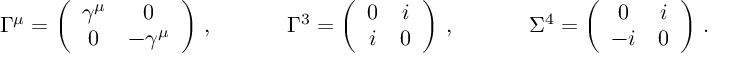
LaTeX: \begin{array} { l l l } { { \Gamma ^ { \mu } = \left( \begin{array} { c c } { { \gamma ^ { \mu } } } & { { 0 } } \\ { { 0 } } & { { - \gamma ^ { \mu } } } \end{array} \right) \, , ~ ~ ~ ~ } } & { { ~ ~ ~ \Gamma ^ { 3 } = \left( \begin{array} { c c } { { 0 } } & { { i } } \\ { { i } } & { { 0 } } \end{array} \right) \, , ~ ~ ~ ~ } } & { { ~ ~ ~ \Sigma ^ { 4 } = \left( \begin{array} { c c } { { 0 } } & { { i } } \\ { { - i } } & { { 0 } } \end{array} \right) \, . } } \end{array}